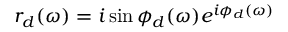
r _ { d } ( \omega ) = i \sin { \phi _ { d } ( \omega ) } e ^ { i \phi _ { d } ( \omega ) }